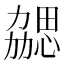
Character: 勰